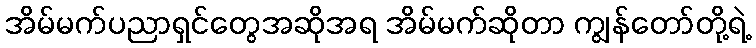
အိမ်မက်ပညာရှင်တွေအဆိုအရ အိမ်မက်ဆိုတာ ကျွန်တော်တို့ရဲ့